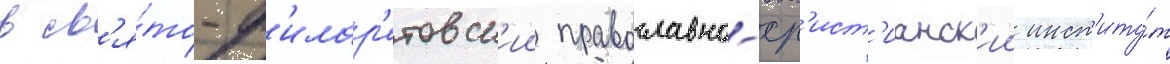
в св'я́то-ф'илар'етовск'ии православно-хр'ист'ианск'ии инст'иту́т